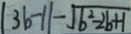
\vert 3 b - 1 \vert - \sqrt { b ^ { 2 } - 2 b + 1 }